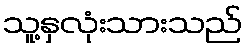
သူ့နှလုံးသားသည်